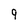
Character: 9